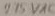
Text: 275AC